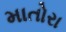
માતોરા